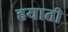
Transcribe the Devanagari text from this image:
हयाती